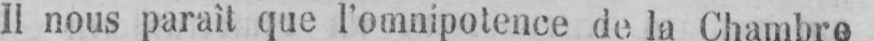
Il nous paraît que l’omnipotence de la Chambre